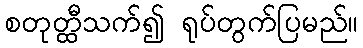
စတုတ္ထီသက်၍ ရုပ်တွက်ပြမည်။